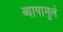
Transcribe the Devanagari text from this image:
व्यापामुले